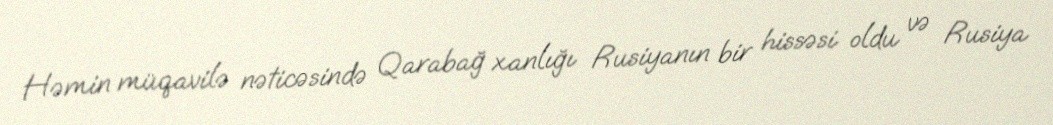
Həmin müqavilə nəticəsində Qarabağ xanlığı Rusiyanın bir hissəsi oldu və Rusiya